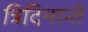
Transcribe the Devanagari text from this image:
त्रिदिनान्ते